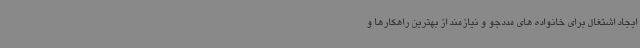
ایجاد اشتغال برای خانواده های مددجو و نیازمند از بهترین راهکارها و